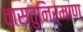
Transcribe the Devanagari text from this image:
वास्तुनिर्माण